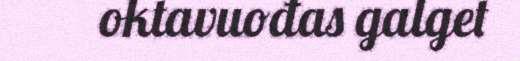
oktavuođas galget